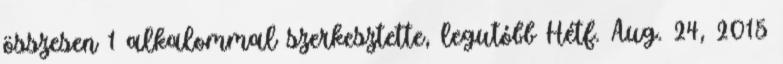
összesen 1 alkalommal szerkesztette, legutóbb Hétf. Aug. 24, 2015